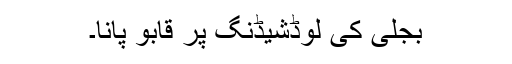
بجلی کی لوڈشیڈنگ پر قابو پانا۔